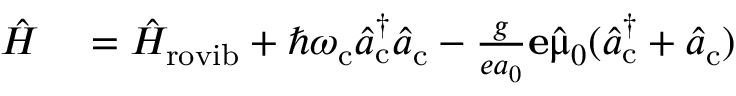
\begin{array} { r l } { \hat { H } } & { { } = \hat { H } _ { \mathrm { r o v i b } } + \hbar \omega _ { \mathrm { c } } \hat { a } _ { \mathrm { c } } ^ { \dagger } \hat { a } _ { \mathrm { c } } - \frac { g } { e a _ { 0 } } \mathbf { e } \hat { \mathbf { \upmu } } _ { 0 } ( \hat { a } _ { \mathrm { c } } ^ { \dagger } + \hat { a } _ { \mathrm { c } } ) } \end{array}